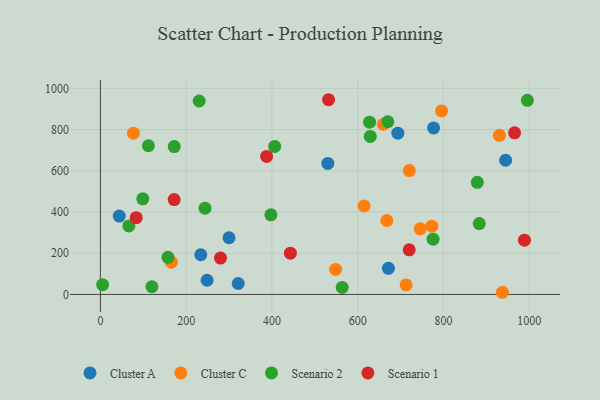
{"axis": {"x": "Study Hours", "y": "Sales"}, "legend": ["Cluster A", "Cluster C", "Scenario 1", "Scenario 2"], "data": [{"x": "693.7", "y": 782.8, "type": "Cluster A"}, {"x": "777.1", "y": 808.3, "type": "Cluster A"}, {"x": "300.0", "y": 275.1, "type": "Cluster A"}, {"x": "945.1", "y": 651.2, "type": "Cluster A"}, {"x": "530.5", "y": 635.8, "type": "Cluster A"}, {"x": "321.4", "y": 53.2, "type": "Cluster A"}, {"x": "234.1", "y": 192.8, "type": "Cluster A"}, {"x": "44.0", "y": 380.2, "type": "Cluster A"}, {"x": "248.8", "y": 68.9, "type": "Cluster A"}, {"x": "671.7", "y": 126.6, "type": "Cluster A"}, {"x": "713.0", "y": 46.2, "type": "Cluster C"}, {"x": "720.4", "y": 601.0, "type": "Cluster C"}, {"x": "615.0", "y": 429.8, "type": "Cluster C"}, {"x": "77.2", "y": 782.7, "type": "Cluster C"}, {"x": "659.8", "y": 826.0, "type": "Cluster C"}, {"x": "937.5", "y": 10.6, "type": "Cluster C"}, {"x": "773.0", "y": 331.6, "type": "Cluster C"}, {"x": "745.9", "y": 318.5, "type": "Cluster C"}, {"x": "795.7", "y": 890.5, "type": "Cluster C"}, {"x": "548.6", "y": 121.5, "type": "Cluster C"}, {"x": "165.3", "y": 156.9, "type": "Cluster C"}, {"x": "668.1", "y": 358.8, "type": "Cluster C"}, {"x": "930.6", "y": 772.2, "type": "Cluster C"}, {"x": "157.6", "y": 180.2, "type": "Scenario 2"}, {"x": "98.8", "y": 464.3, "type": "Scenario 2"}, {"x": "627.7", "y": 836.0, "type": "Scenario 2"}, {"x": "670.4", "y": 838.0, "type": "Scenario 2"}, {"x": "883.6", "y": 343.8, "type": "Scenario 2"}, {"x": "563.9", "y": 34.2, "type": "Scenario 2"}, {"x": "629.4", "y": 766.9, "type": "Scenario 2"}, {"x": "244.0", "y": 418.9, "type": "Scenario 2"}, {"x": "5.2", "y": 47.3, "type": "Scenario 2"}, {"x": "172.2", "y": 717.5, "type": "Scenario 2"}, {"x": "230.4", "y": 938.8, "type": "Scenario 2"}, {"x": "775.9", "y": 268.3, "type": "Scenario 2"}, {"x": "406.5", "y": 718.5, "type": "Scenario 2"}, {"x": "879.0", "y": 544.0, "type": "Scenario 2"}, {"x": "397.6", "y": 386.6, "type": "Scenario 2"}, {"x": "120.1", "y": 37.3, "type": "Scenario 2"}, {"x": "66.4", "y": 332.8, "type": "Scenario 2"}, {"x": "112.0", "y": 721.6, "type": "Scenario 2"}, {"x": "995.8", "y": 942.0, "type": "Scenario 2"}, {"x": "966.0", "y": 784.5, "type": "Scenario 1"}, {"x": "83.5", "y": 372.4, "type": "Scenario 1"}, {"x": "387.7", "y": 669.9, "type": "Scenario 1"}, {"x": "989.0", "y": 263.5, "type": "Scenario 1"}, {"x": "280.1", "y": 176.5, "type": "Scenario 1"}, {"x": "532.2", "y": 945.0, "type": "Scenario 1"}, {"x": "720.2", "y": 216.6, "type": "Scenario 1"}, {"x": "443.1", "y": 200.5, "type": "Scenario 1"}, {"x": "172.0", "y": 460.6, "type": "Scenario 1"}]}